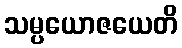
သမ္ပယောဇယေတိ